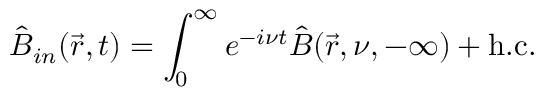
\hat { B } _ { i n } ( \vec { r } , t ) = \int _ { 0 } ^ { \infty } e ^ { - i \nu t } \hat { B } ( \vec { r } , \nu , - \infty ) + \mathrm { h . c . }